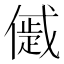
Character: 𠏔